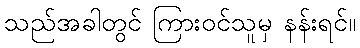
သည်အခါတွင် ကြားဝင်သူမှ နန်းရင်။